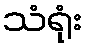
သံရုံး